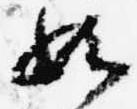
如